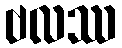
ဗလဿ